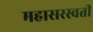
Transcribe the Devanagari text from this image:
महासरस्‍वती